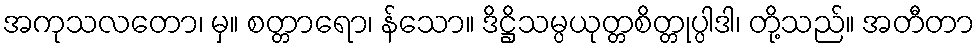
အကုသလတော၊ မှ။ စတ္တာရော၊ န်သော။ ဒိဋ္ဌိသမ္ပယုတ္တစိတ္တုပ္ပါဒါ၊ တို့သည်။ အတီတာ